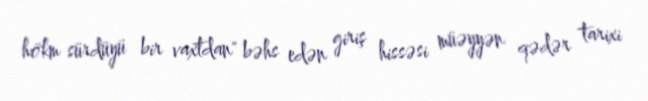
hökm sürdüyü bir vaxtdan" bəhs edən giriş hissəsi müəyyən qədər tarixi